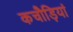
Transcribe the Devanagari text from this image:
कचौड़ियां